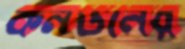
কনডনের